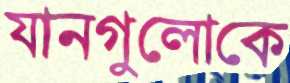
যানগুলোকে